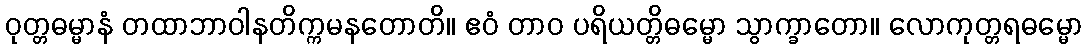
ဝုတ္တဓမ္မာနံ တထာဘာဝါနတိက္ကမနတောတိ။ ဧဝံ တာဝ ပရိယတ္တိဓမ္မော သွာက္ခာတော။ လောကုတ္တရဓမ္မော